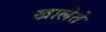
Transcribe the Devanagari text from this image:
खालेते